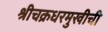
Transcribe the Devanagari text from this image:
श्रीचक्रधरमुखीची